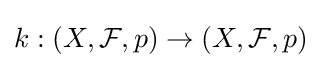
k:(X,{\mathcal {F}},p)\to (X,{\mathcal {F}},p)